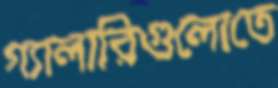
গ্যালারিগুলোতে